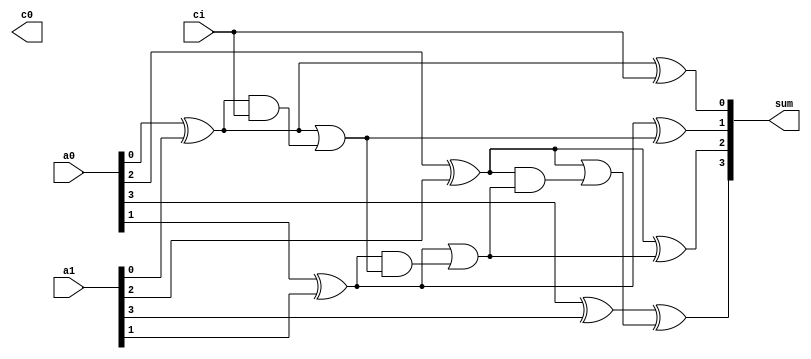
module ripple_adder(c0,sum,a0,a1,ci);
parameter N=4;

output [N-1:0] sum;
output c0;
input [N-1:0] a0,a1;
input ci;

wire [N-1:0] carry;

assign carry[0] =ci;
genvar i;

generate for (i=0; i<N; i=i+1)
begin:r_loop

wire t1,t2,t3;
xor g1(t1,a0[i],a1[i]);
xor g2(sum[i],t1,carry[i]);
xor g3(t2,a0[i],a1[i]);
and g4(t3,t1,carry[i]);
or g5(carry[i+1],t2,t3);
end
endgenerate

assign c0=carry[N];

endmodule